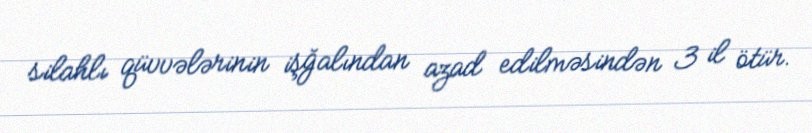
silahlı qüvvələrinin işğalından azad edilməsindən 3 il ötür.